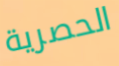
الحصرية